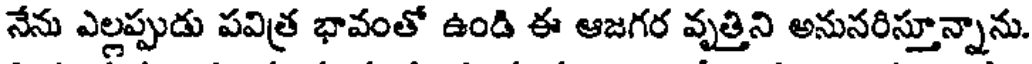
నేను ఎల్లప్పుడు పవిత్ర భావంతో ఉండి ఈ ఆజగర వృత్తిని అనునరిస్తూన్నాను.